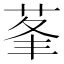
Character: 莑